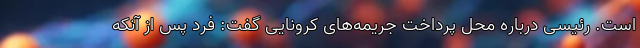
است. رئیسی درباره محل پرداخت جریمه‌های کرونایی گفت: فرد پس از آنکه